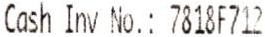
CASH INV NO.: 7818F712